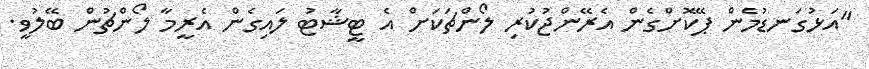
"އަޅުގަނޑުމެން ޕޭކޮށްގެން އެރޭންޖުކުރި ލޯންޗަކަށް އެ ޓީޝާޓު ލައިގެން އެރީމާ ލޯންޗުން ބޭލުވީ.